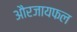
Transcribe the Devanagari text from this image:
औरजायफल